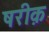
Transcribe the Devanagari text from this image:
षरीक़